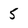
Character: 5